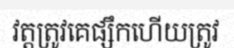
វត្តត្រូវគេផ្សឹកហើយត្រូវ